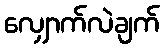
လျှောက်လဲချက်